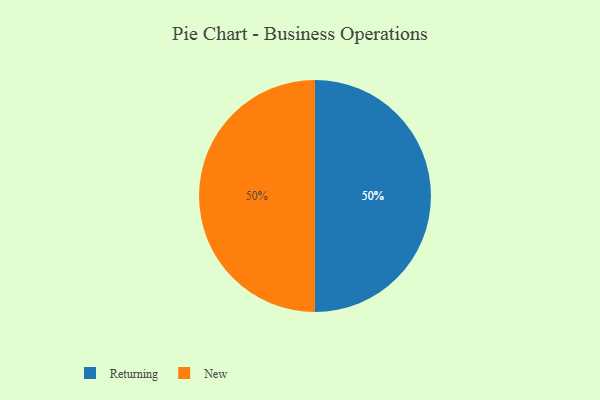
{"axis": {"x": "Category", "y": "Percentage"}, "legend": ["New", "Returning"], "data": [{"x": "Returning", "y": 50, "type": "Returning"}, {"x": "New", "y": 50, "type": "New"}]}